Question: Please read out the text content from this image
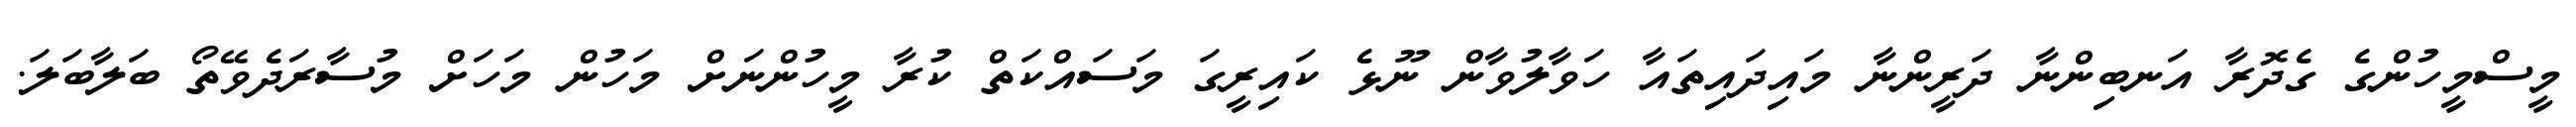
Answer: މީސްމީހުންގެ ގެދޮރާ އަނބިންނާ ދަރީންނާ މައިދައިތައާ ހަވާލުވާން ނޫޅެ ކައިރީގަ މަސައްކަތް ކުރާ މީހުންނަށް މަހުން މަހަށް މުސާރަދެވޭތޯ ބަލާބަލަ.